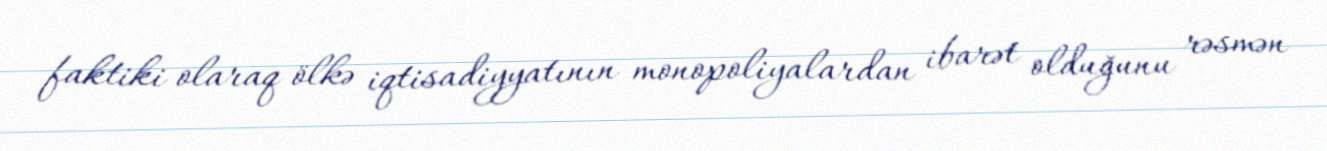
faktiki olaraq ölkə iqtisadiyyatının monopoliyalardan ibarət olduğunu rəsmən